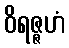
ဝိရဇ္ဇဟံ